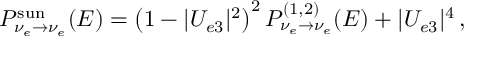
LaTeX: P _ { \nu _ { e } \to \nu _ { e } } ^ { \mathrm { s u n } } ( E ) = \left( 1 - | U _ { e 3 } | ^ { 2 } \right) ^ { 2 } P _ { \nu _ { e } \to \nu _ { e } } ^ { ( 1 , 2 ) } ( E ) + | U _ { e 3 } | ^ { 4 } \, ,